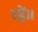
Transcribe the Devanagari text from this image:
रहें॥